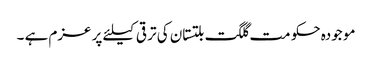
مو جودہ حکو مت گلگت بلتستان کی تر قی کیلئے پر عزم ہے ۔